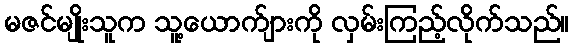
မဇင်မျိုးသူက သူ့ယောက်ျားကို လှမ်းကြည့်လိုက်သည်။